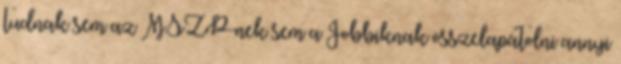
tudnak sem az MSZP-nek sem a Jobbiknak összelapátolni annyi